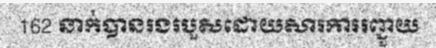
162 នាក់បានរងរបួសដោយសារការរញ្ជួយ